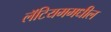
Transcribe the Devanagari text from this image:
लॅटियममधील